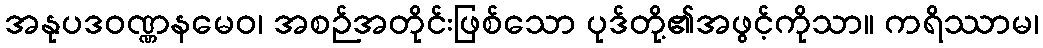
အနုပဒဝဏ္ဏနမေဝ၊ အစဉ်အတိုင်းဖြစ်သော ပုဒ်တို့၏အဖွင့်ကိုသာ။ ကရိဿာမ၊